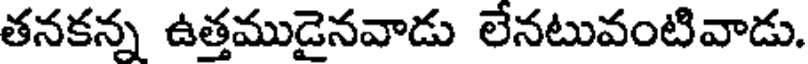
తనకన్న ఉత్తముడైనవాడు లేనటువంటివాడు.